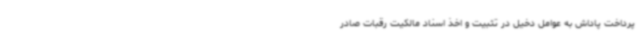
پرداخت پاداش به عوامل دخیل در تثبیت و اخذ اسناد مالکیت رقبات صادر